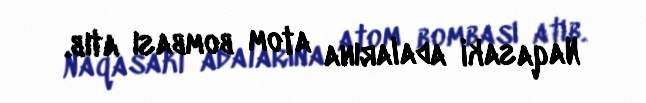
Naqasaki adalarına atom bombası atıb.